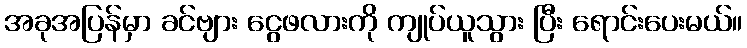
အခုအပြန်မှာ ခင်ဗျား ငွေဖလားကို ကျုပ်ယူသွား ပြီး ရောင်းပေးမယ်။